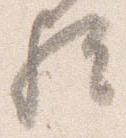
歟